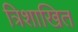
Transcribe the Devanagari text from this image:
त्रिशाखित